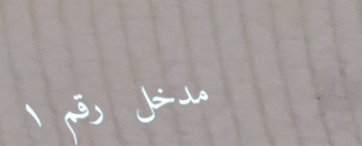
مدخل رقم ١